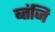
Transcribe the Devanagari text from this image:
ब्तंजि